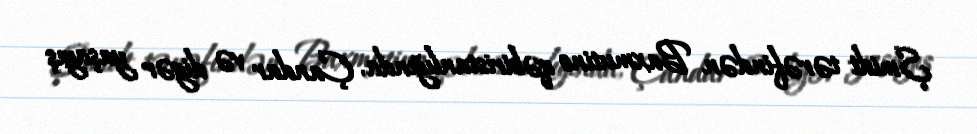
Şmidt tərəfindən Baxmutino qəbiristanlığında, Çandar və digər yaşayış